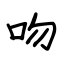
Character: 吻